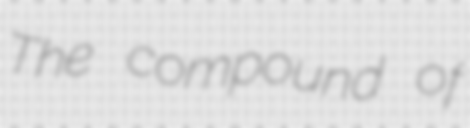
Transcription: The compound of